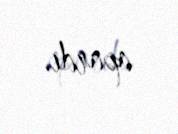
apardı.